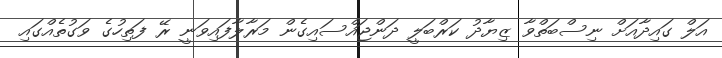
އަލް ގައިދާއަށް ނިސްބަތްވާ ޒިޔާދު ކަރްބަލީ ދަންޖައްސައިގެން މަރާލާފައިވަނީ ރޭ ފަތިހުގެ ވަގުތެއްގައި